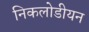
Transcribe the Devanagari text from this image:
निकलोडीयन